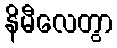
နိမီလေတွာ